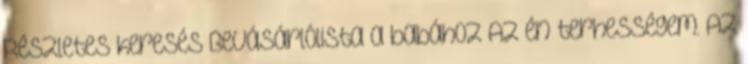
Részletes keresés Bevásárlólista a babához Az én terhességem. Az